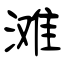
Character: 滩